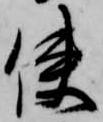
使